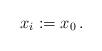
LaTeX: \begin{align*}x_i : = x_0\,.\end{align*}